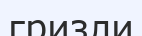
гризли